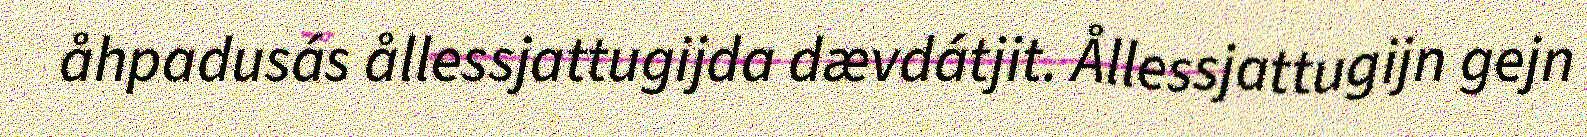
åhpadusás ållessjattugijda dævdátjit. Ållessjattugijn gejn